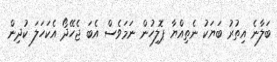
ބަލާނެ އިތުރު ބަޔަކު ނެތިއްޔާ ޕޮލިހުން ނަމަވެސް އެބަ ޖެހޭދޯ އެކަހަލަ ކުދިން